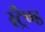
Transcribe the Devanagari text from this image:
स्ट्रैण्ड